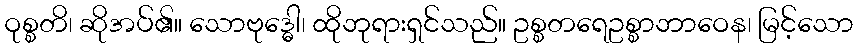
ဝုစ္စတိ၊ ဆိုအပ်၏။ သောဗုဒ္ဓေါ၊ ထိုဘုရားရှင်သည်။ ဥစ္စတရေဥစ္စာဘာဝေန၊ မြင့်သော